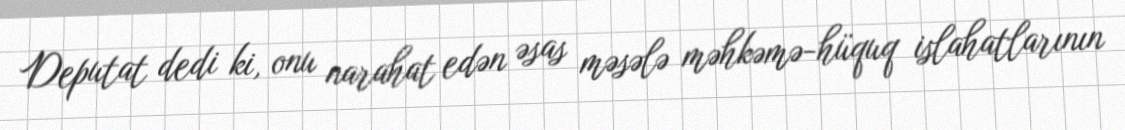
Deputat dedi ki, onu narahat edən əsas məsələ məhkəmə-hüquq islahatlarının